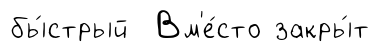
бы́стрый Вм'е́сто закры́т